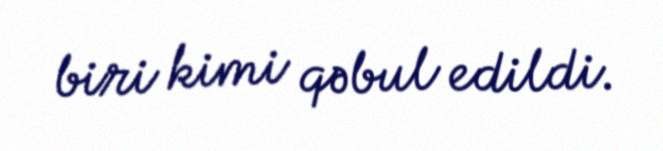
biri kimi qəbul edildi.